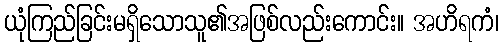
ယုံကြည်ခြင်းမရှိသောသူ၏အဖြစ်လည်းကောင်း။ အဟိရကံ၊